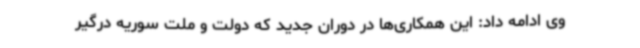
وی ادامه داد: این همکاری‌ها در دوران جدید که دولت و ملت سوریه درگیر